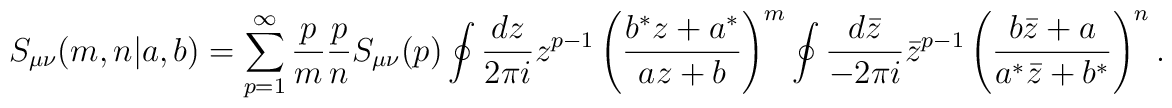
S_{\mu\nu}(m,n|a,b)= \sum_{p=1}^\infty \frac{p}{m}\frac{p}{n}S_{\mu\nu}(p)\oint \frac{dz}{2\pi i}z^{p-1} \left( \frac{ b^*z+a^*}{az+b}\right)^m \oint \frac{ d\bar z}{-2\pi i}{\bar z}^{p-1}\left( \frac{ b\bar z+a}{a^*\bar z+b^*}\right)^n.